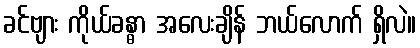
ခင်ဗျား ကိုယ်ခန္ဓာ အလေးချိန် ဘယ်လောက် ရှိလဲ။